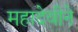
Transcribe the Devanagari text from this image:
महादेवीने